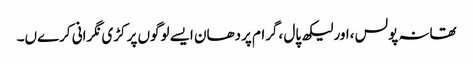
تھانہ پولس ،اور لیکھ پال ،گرام پردھان ایسے لوگوں پر کڑی نگرانی کرےں۔